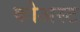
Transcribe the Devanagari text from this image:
कोअस्ट